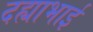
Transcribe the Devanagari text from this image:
दह्याभाई